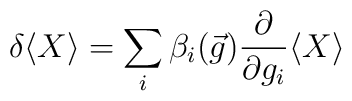
\delta \langle X\rangle =\sum _{i}\beta _{i}(\vec{g})\frac{\partial }{\partial g_{i}}\langle X\rangle